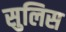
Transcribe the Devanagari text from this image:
सुलिस